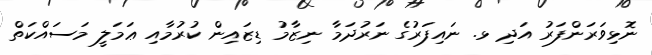
ނޮޅިވަރަންފަރު އަދި ޅ. ނައިފަރުގެ ނަރުދަމާ ނިޒާމު ޑިޒައިން ކުރުމާއި ޢަމަލީ މަސައްކަތް